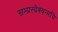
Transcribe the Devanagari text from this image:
सम्प्रत्येश्यन्मयि